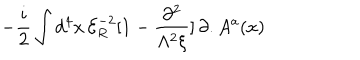
- \frac { i } { 2 } \int d ^ { 4 } x \, { \mathcal { E } } _ { R } ^ { - 2 } [ 1 - \frac { \partial ^ { 2 } } { \Lambda ^ { 2 } \xi } ] \, \partial . A ^ { a } ( x )